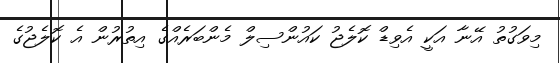
މިވަގުތު އޭނާ އަކީ އެވިޑް ކޮލެޖު ކައުންސިލް މެންބަރެއްގެ އިތުރުން އެ ކޮލެޖުގެ